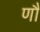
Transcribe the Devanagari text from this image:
णौं